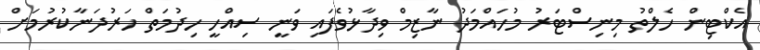
އެކްޓިން ހެލްތު މިނިސްޓަރު މުހައްމަދު ނާޒިމް ވިދާޅުވެފައި ވަނީ ސިއްހީ ހިދުމަތް ހަރުދަނާކުރުމަށް